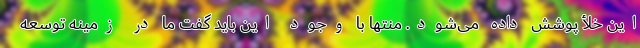
این خلأ پوشش داده می‌شود. منتها با وجود این باید گفت ما در زمینه توسعه